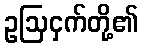
ဥဩငှက်တို့၏